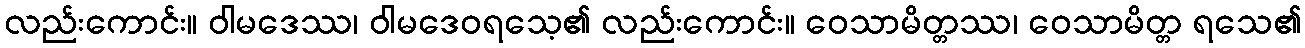
လည်းကောင်း။ ဝါမဒေဿ၊ ဝါမဒေဝရသေ့၏ လည်းကောင်း။ ဝေသာမိတ္တဿ၊ ဝေသာမိတ္တ ရသေ၏